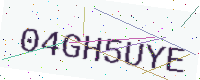
Text: 04GH5UYE